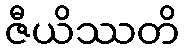
ဇီယိဿတိ